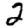
Digit: 2